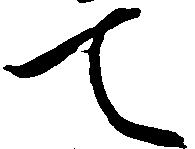
て